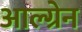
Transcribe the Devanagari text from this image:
आल्ग्रेन